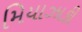
મિયાઝાકી